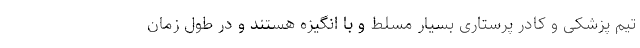
تیم پزشکی و کادر پرستاری بسیار مسلط و با انگیزه هستند و در طول زمان